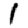
Digit: 1